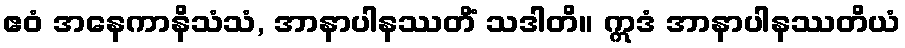
ဧဝံ အနေကာနိသံသံ, အာနာပါနဿတိံ သဒါတိ။ ဣဒံ အာနာပါနဿတိယံ